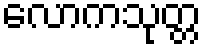
လောကသုတ္တ